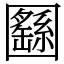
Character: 㘥